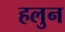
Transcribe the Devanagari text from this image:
हलुन